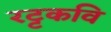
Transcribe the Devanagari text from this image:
रट्टकवि